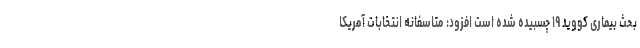
بحث بیماری کووید ۱۹ چسبیده شده است افزود: متاسفانه انتخابات آمریکا